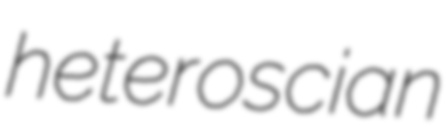
heteroscian